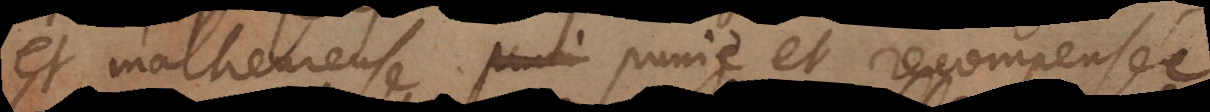
et malheureuse, punie et recompensée